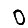
Digit: 0